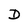
Character: D